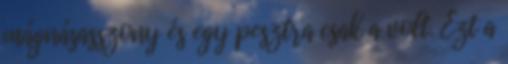
mágnásasszony és egy pesztra csak a volt. Ezt a